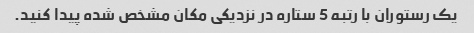
یک رستوران با رتبه 5 ستاره در نزدیکی مکان مشخص شده پیدا کنید.